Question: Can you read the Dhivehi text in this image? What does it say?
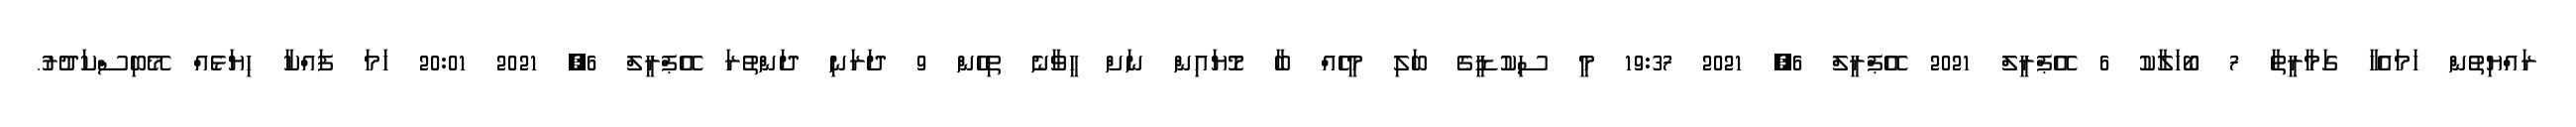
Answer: ރައްޔިތުން ހަމައެހާ ގަމާރީތާ 7 ބޯހަލާކު 6 އޭޕްރީލް 2021 އޭޕްރީލް 6, 2021 19:37 މީ ސިކުޑީގެ ބަލި މީހެއް ބާ މޮޔައިން ނަށް ހީވާނެ ތިހެން 9 ދަރަނި ދަންތުރަ އޭޕްރީލް 6, 2021 20:01 ހަމަ ފައްކާ ހިޔަޅެއް މޭބިސްކަދުރު.